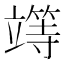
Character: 𥪸